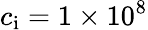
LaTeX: c_{\mathrm{i}}=1\times 10^{8}